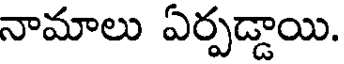
నామాలు ఏర్పడ్డాయి.